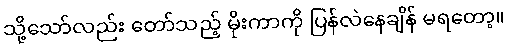
သို့သော်လည်း တော်သည့် မိုးကာကို ပြန်လဲနေချိန် မရတော့။